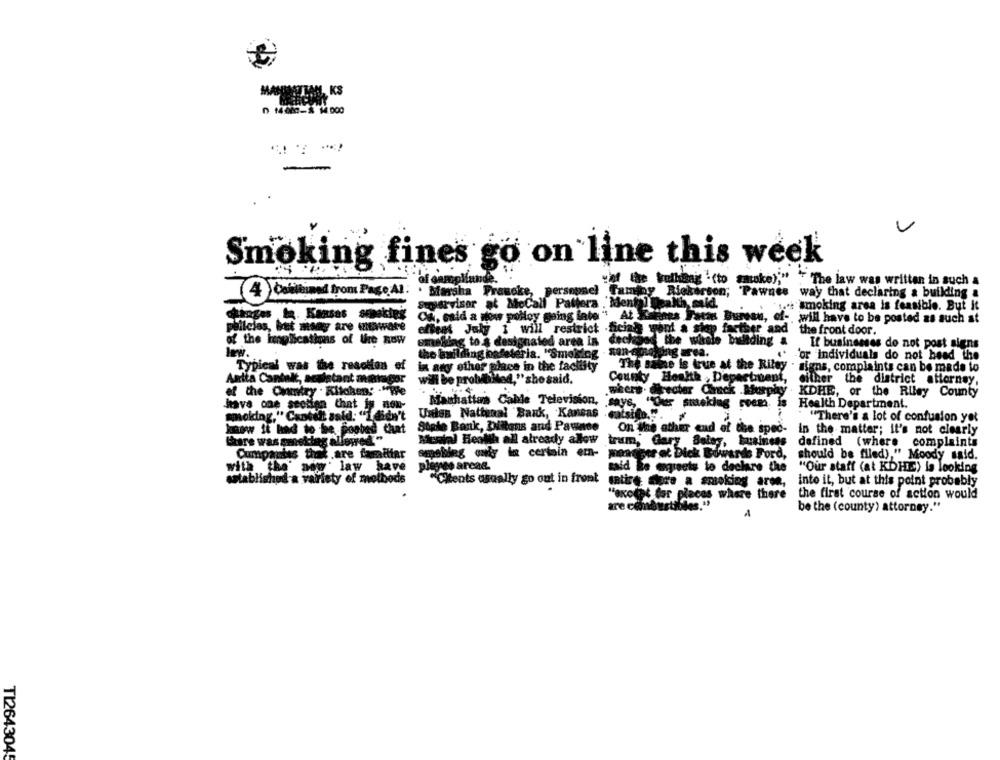
D MON- 14 000
Smoking fines go on line this week
"if the kulhaag "(to antake);" " "The law was written in such a
4) Combined from Page Al. . Starsha Prawcke, personnel Faminy
Rickerson; Pawnes way that declaring a building a
Seosrvisor at MeCall Pattera . Mental Health, seid.
Je smoking area is feasible. But It
Ca, said a new polley going late" At Ketines Fata Bureau, of- will have to be posted as such at
pullcies, bit mon ary ensware
ellens July 1 will restrict ficial yont a stop farther and
the front door.
of the inglications of Ure Row
designated area in dechose the whale building a
If businesses do not post signs
the building cafeteria. "Smoking
Long urea.
. For individuals do not head the
The Bakte is true at the Riley
Typical was the rasotion of
in any other place in the facttity
signs, complaints can be made to
Anita Cantalk, a
Istant austager
County Health , Department,
either the district attorney,
will be probttilted,"she said.
of the Onmitry . Kitchen: - "we
the Riley County
have one seotien that is now-
Machattas Cable Television,
where
Health Department.
smoking." Cantell said: "I didn't
Unies National Bank, Kansas
"There's a lot of confusion yot
know it had to be poabed
State Bank, Dittans and Pawnce
On Me ather end of the spec-
On Me ather end of the spec- in the matter; it's not clearly
Share was smoking allowed"
Mental Health all already allow
Mental Health all already allow trum, Gary Baley, business
defined (where complaints
pautas that are familiar
smoking only in certain em- manager et Dick Buwards Ford,
manager et Dick Buwards Ford,
should be filed)," Moody said.
with the' aow law have
pliges areas.
said Le egreets to declare the
"Our staff (at KDRIE) is looking
established a variety of methods
"Citents usually go out in front
satire diare a smoking area,
into it, but at this point probably
the first course of action would
olet for places where there
are combustibles."
be the (county) attorney."
TI2643045